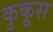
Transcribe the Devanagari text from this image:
कुकूस